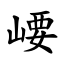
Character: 崾